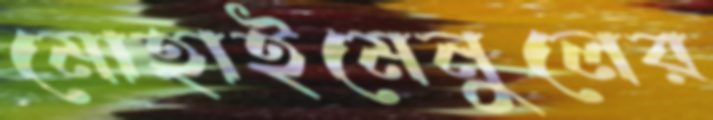
মোহাইমেনুলের